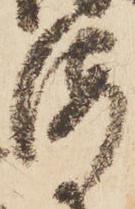
海